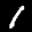
Label: 1